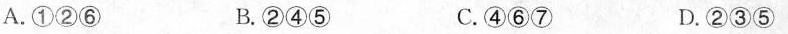
A.①②⑥ B.②④⑤ C.④⑥⑦ D.②③⑤